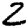
Digit: 2